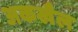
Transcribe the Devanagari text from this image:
अकखैल